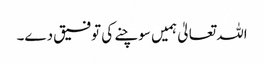
اللہ تعالیٰ ہمیں سوچنے کی توفیق دے۔